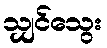
သျှင်သွေး